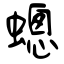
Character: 蟌